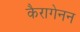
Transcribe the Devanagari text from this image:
कैरागेनन